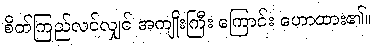
စိတ်ကြည်လင်လျှင် အကျိုးကြီး ကြောင်း ဟောထား၏။